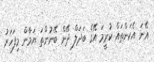
އޭނަ އެކަންތައް ކުރީމަ އޭގެ ބަދަލް ދޭން ބޭނުންތަ ޔަމާން މިފަހަރު